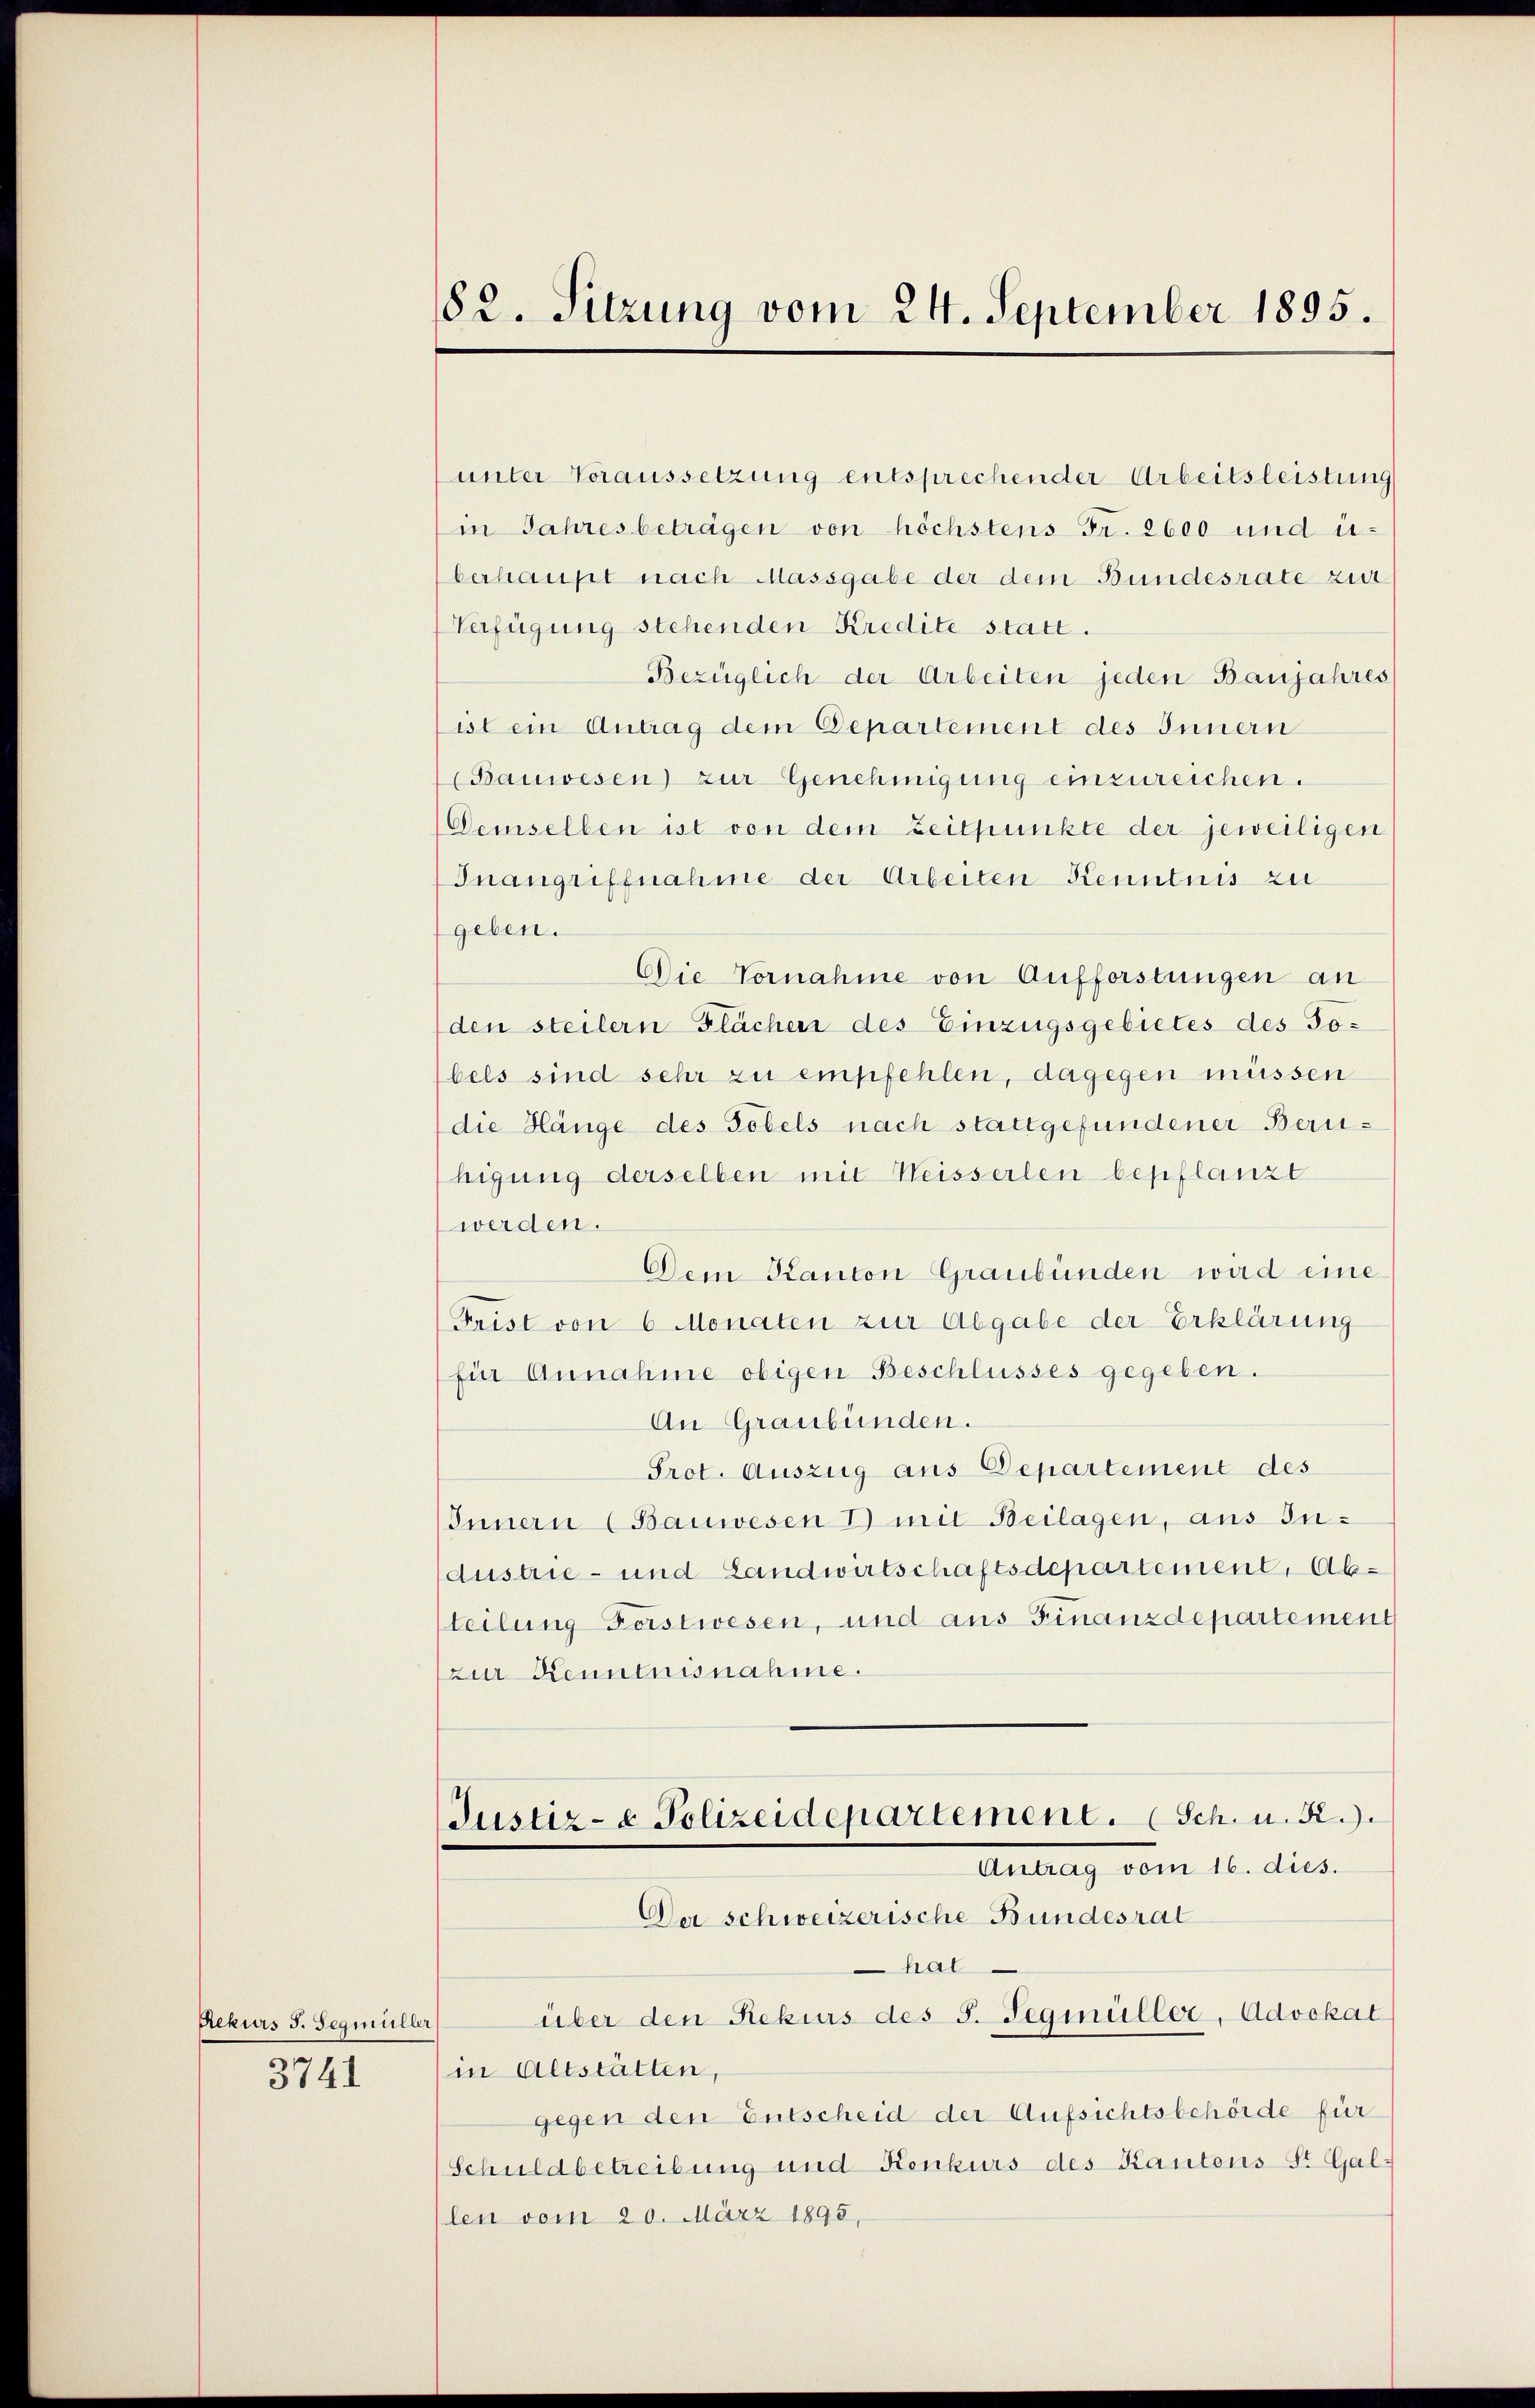
Rekurs J. Segmüller
3741

82. Sitzung vom 24. September 1895.

unter Voraussetzung entsprechender Arbeitsleistung
in Jahresbeträgen von höchstens Fr. 2600 und ü-
berhaupt nach Massgabe der dem Bundesrate zur
Verfügung stehenden Kredite statt.
Bezüglich der Arbeiten jeden Banjahres
ist ein Antrag dem Departement des Innern
Bauwesen zur Genehmigung einzureichen.
Demselben ist von dem Zeitpunkte der jeweiligen
Inangriffnahme der Arbeiten Kenntnis zu
geben.
Die Vornahme von Aufforstungen an
(den steilern Flächen des Einzugsgebietes des Jobels sind sehr zu empfehlen, dagegen müssen
die Hänge des Gebels nach stattgefundener Beruhigung derselben mit Weisserlen bepflanzt
werden.
Dem Kanton Graubünden wird eine
Frist von 6 Monaten zur Abgabe der Erklärung
(für Annahme obigen Beschlusses gegeben.
An Graubünden.
Prot. Auszug aus Departement des
Innern (Bauwesen 1) mit Beilagen, aus Industrie- und Landwirtschaftsdepartement, Abteilung Forstwesen, und aus Finanzdepartement
zur Kenntnisnahme.
Justiz- & Polizeidepartement. (Sch. u. R.)
Antrag vom 16. dies
Der schweizerische Bundesrat
hal
über den Rekurs des S. Segmüller, Advokat
in Altstätten,
gegen den Entscheid der Aufsichtsbehörde für
Schuldbetreibung und Konkurs des Kantons St. Gallen vom 20. März 1895,